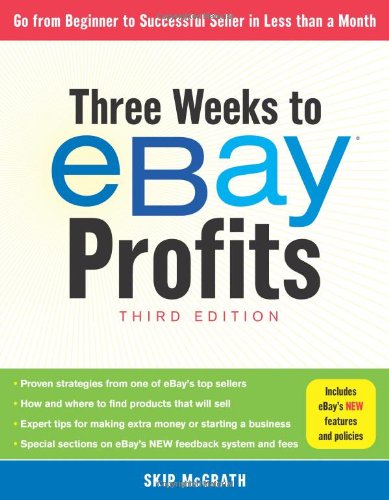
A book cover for Three Weeks to eBayÂ® Profits, Third Edition: Go From Beginner to Successful Seller in Less than a Month; Skip McGrath; Computers & Technology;